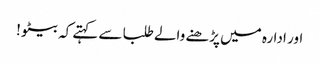
اور ادارہ میں پڑھنے والے طلبا سے کہتے کہ بیٹو !